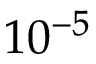
1 0 ^ { - 5 }